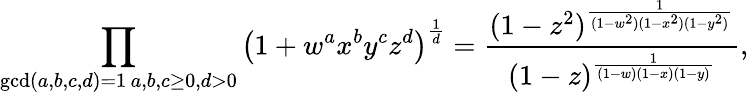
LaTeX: \prod_{\substack{\operatorname*{gcd}(a,b,c,d)=1\, a,b,c\geq 0,d>0}}\left(1+w^{a}x^{b}y^{c}z^{d}\right)^{\frac{1}{d}}=\frac{(1-z^{2})^{\frac{1}{(1-w^{2})(1-x^{2})(1-y^{2})}}}{(1-z)^{\frac{1}{(1-w)(1-x)(1-y)}}},